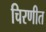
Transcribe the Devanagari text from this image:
चिरणीत